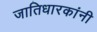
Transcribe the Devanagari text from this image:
जातिधारकांनी